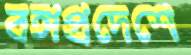
বঙ্গপ্রদেশে